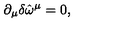
\partial _ { \mu } \delta \hat { \omega } ^ { \mu } = 0 ,